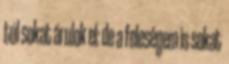
túl sokat árulok el: de a feleségem is sokat